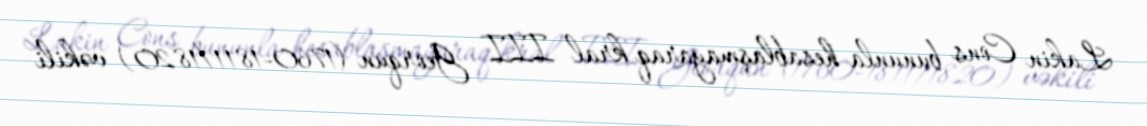
Lakin Cons bununla hesablaşmayaraq kral III Georqun (1760-1811/1820) vəkili